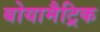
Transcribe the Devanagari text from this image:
बोयामैट्रिक